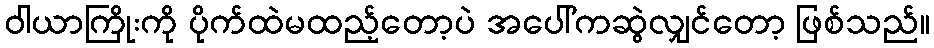
ဝါယာကြိုးကို ပိုက်ထဲမထည့်တော့ပဲ အပေါ်ကဆွဲလျှင်တော့ ဖြစ်သည်။